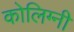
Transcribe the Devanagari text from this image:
कोलिग्नी